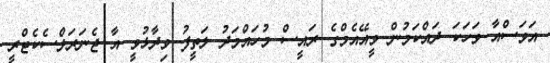
އަވަސްއާ ވަހަކަ ދައްކަމުން ވީއޭއެމްގެ ރައީސް މުހައްމަދު ލަތީފު ވިދާޅުވީ އާ ޖެނަރަލްސެކެޓްރީ